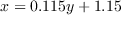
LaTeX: x = 0 . 1 1 5 y + 1 . 1 5